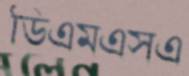
ডিএমএসএ